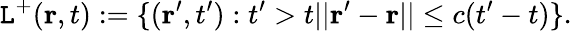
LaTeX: \mathtt{L}^{+}(\mathbf{r},t):=\{ (\mathbf{r}^{\prime},t^{\prime}):t^{\prime}>t||\mathbf{r}^{\prime}-\mathbf{r}||\leq c(t^{\prime}-t)\} .